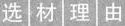
选材理由